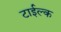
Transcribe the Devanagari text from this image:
टाईल्क